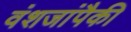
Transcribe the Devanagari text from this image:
वंशजांपैकी